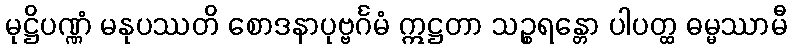
မုဋ္ဌိပဏ္ဏံ မနုပဿတိ စောဒနာပုဗ္ဗင်္ဂမံ ဣဋ္ဌတာ သဉ္စရန္တော ပါပတ္ထ ဓမ္မဿာမီ